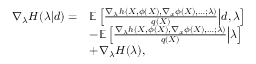
\begin{array} { r l } { \nabla _ { \lambda } H ( \lambda | d ) = } & { \mathbb { E } \left[ \frac { \nabla _ { \lambda } h ( X , \phi ( X ) , \nabla _ { x } \phi ( X ) , \dots ; \lambda ) } { q ( X ) } \middle | d , \lambda \right] } \\ & { - \mathbb { E } \left[ \frac { \nabla _ { \lambda } h ( X , \phi ( X ) , \nabla _ { x } \phi ( X ) , \dots ; \lambda ) } { q ( X ) } \middle | \lambda \right] } \\ & { + \nabla _ { \lambda } H ( \lambda ) , } \end{array}